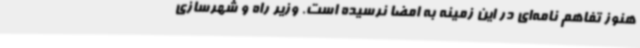
هنوز تفاهم نامه‌ای در این زمینه به امضا نرسیده است. وزیر راه و شهرسازی